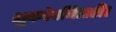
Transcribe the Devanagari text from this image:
शुकदेवबिहारी।